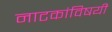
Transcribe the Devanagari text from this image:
नाटकांविषयी